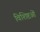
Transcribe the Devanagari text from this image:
विशिष्टओं